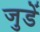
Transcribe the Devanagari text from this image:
जुडें